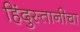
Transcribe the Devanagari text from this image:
हिंदुस्तानीचा